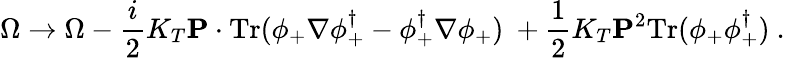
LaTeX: \Omega\to\Omega-\frac i2K_{T}{\mathbf P}\cdot\mathrm{Tr}(\phi_{+}\nabla\phi_{+}^{\dagger}-\phi_{+}^{\dagger}\nabla\phi_{+})\ +\frac 12K_{T}{\mathbf P}^{2}\mathrm{Tr}(\phi_{+}\phi_{+}^{\dagger})\ .